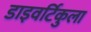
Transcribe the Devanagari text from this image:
डाइवर्टिकुला